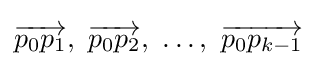
{\overrightarrow {p_{0}p_{1}}},\ {\overrightarrow {p_{0}p_{2}}},\ \dots ,\ {\overrightarrow {p_{0}p_{k-1}}}